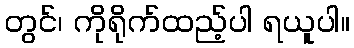
တွင်၊ ကိုရိုက်ထည့်ပါ ရယူပါ။